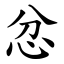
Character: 忿